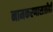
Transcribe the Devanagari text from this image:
नामकरणासाठीही